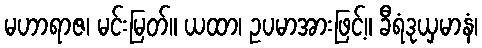
မဟာရာဇ၊ မင်းမြတ်။ ယထာ၊ ဥပမာအားဖြင့်။ ခီရံဒုယှမာနံ၊